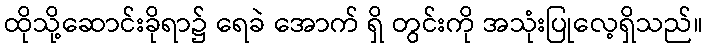
ထိုသို့ဆောင်းခိုရာ၌ ရေခဲ အောက် ရှိ တွင်းကို အသုံးပြုလေ့ရှိသည်။